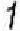
1